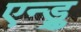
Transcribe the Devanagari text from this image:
एन्ड्रु